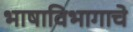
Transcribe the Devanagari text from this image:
भाषाविभागाचे